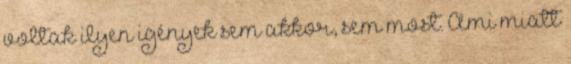
voltak ilyen igények sem akkor, sem most. Ami miatt